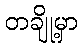
တချို့မှာ